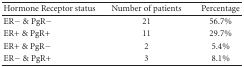
<table><thead><tr><td><b>Hormone Receptor status</b></td><td><b>Number of patients</b></td><td><b>Percentage</b></td></tr></thead><tbody><tr><td>ER− &amp; PgR−</td><td>21</td><td>56.7%</td></tr><tr><td>ER+ &amp; PgR+</td><td>11</td><td>29.7%</td></tr><tr><td>ER+ &amp; PgR−</td><td>2</td><td>5.4%</td></tr><tr><td>ER− &amp; PgR+</td><td>3</td><td>8.1%</td></tr></tbody></table>